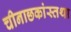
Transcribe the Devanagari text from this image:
चीनाछकांस्तथा